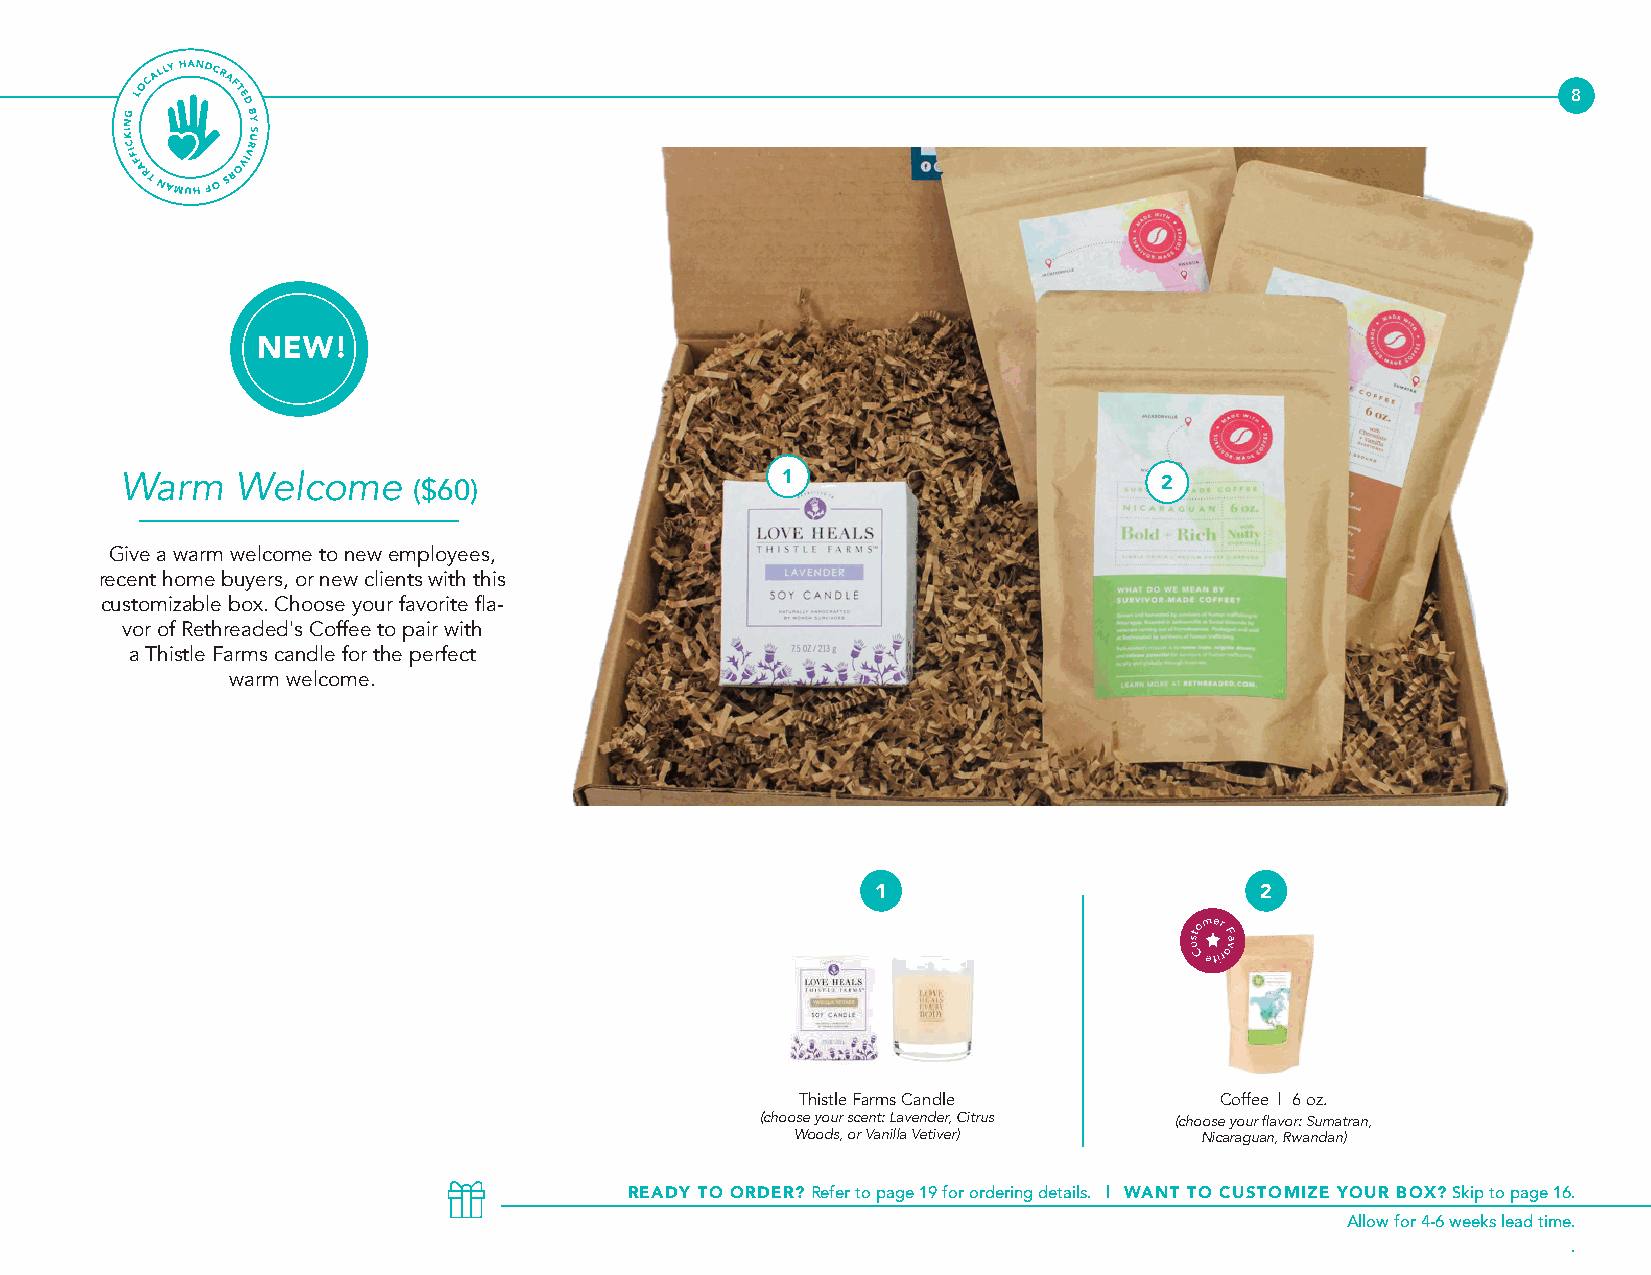
8
 Warm    Welcome    ($60)                                             2
 Give a warm welcome to new employees,
 recent home buyers, or new clients with this
 2
 customizable box. Choose your favorite fla-
 vor of Rethreaded's Coffee to pair with
 a Thistle Farms candle for the perfect
 warm welcome.
 1                        2
 Thistle Farms Candle        Coffee | 6 oz.
 (choose your scent: Lavender, Citrus (choose your flavor: Sumatran,
 Woods, or Vanilla Vetiver) Nicaraguan, Rwandan)
 READY TO ORDER? Refer to page 19 for ordering details. | WANT TO CUSTOMIZE YOUR BOX? Skip to page 16.
 Allow for 4-6 weeks lead time.
 .